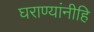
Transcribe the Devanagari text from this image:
घराण्यांनीहि